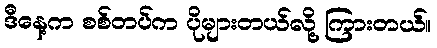
ဒီနေ့က စစ်တပ်က ပိုများတယ်လို့ ကြားတယ်။